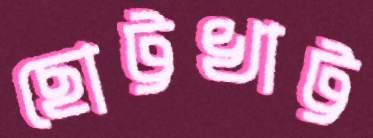
ছোট্টখাট্ট